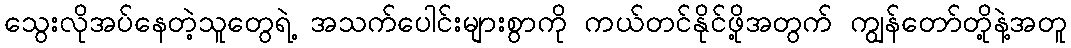
သွေးလိုအပ်နေတဲ့သူတွေရဲ့ အသက်ပေါင်းများစွာကို ကယ်တင်နိုင်ဖို့အတွက် ကျွန်တော်တို့နဲ့အတူ